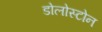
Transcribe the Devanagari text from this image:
डोलोस्टोन